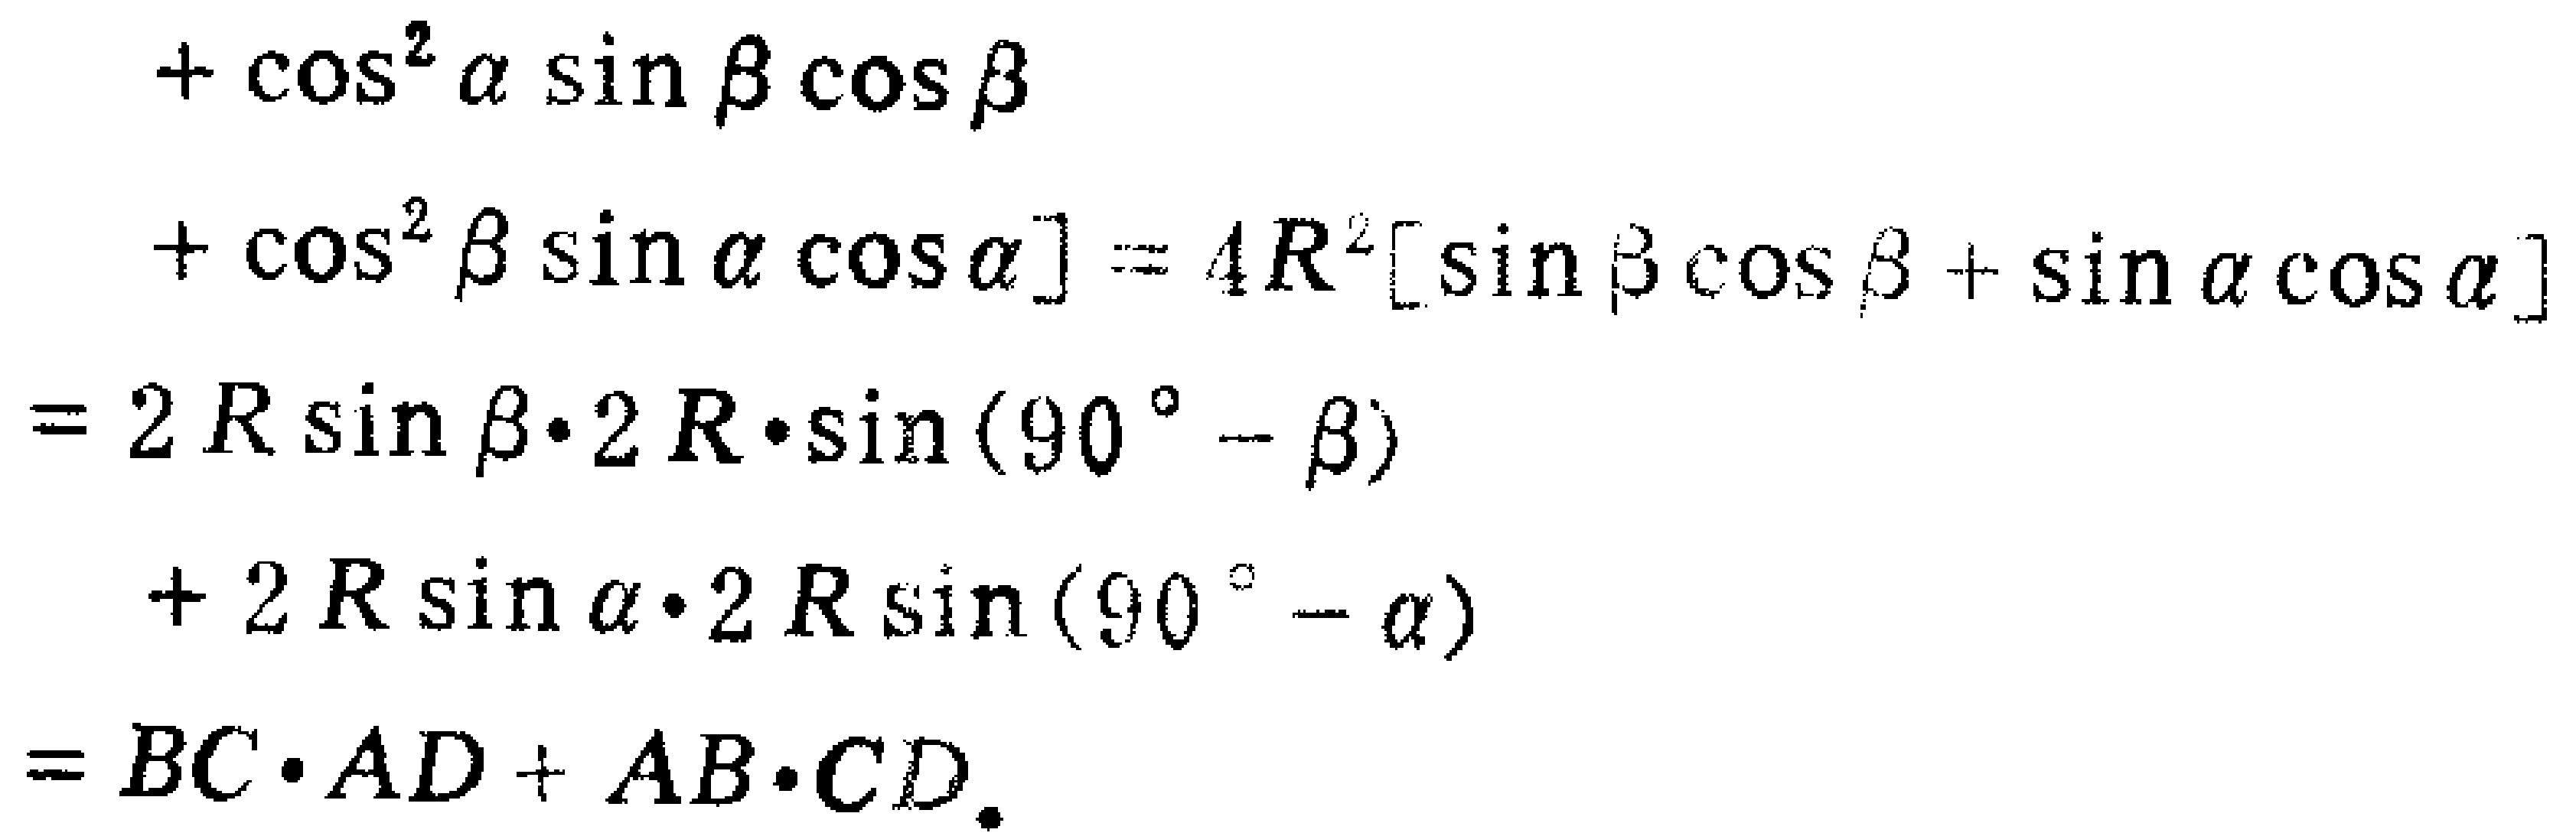
\begin{align*}
&+\cos^{2}\alpha\sin\beta\cos\beta\\
&+\cos^{2}\beta\sin\alpha\cos\alpha]=4R^{2}[\sin\beta\cos\beta+\sin\alpha\cos\alpha]\\
=&2R\sin\beta\cdot2R\cdot\sin(90^{\circ}-\beta)\\
&+2R\sin\alpha\cdot2R\sin(90^{\circ}-\alpha)\\
=&BC\cdot AD + AB\cdot CD.
\end{align*}